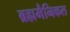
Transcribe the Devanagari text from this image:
ब्रह्ममैनिकल